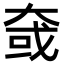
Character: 㚜